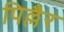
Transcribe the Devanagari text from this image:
पिल्लैर